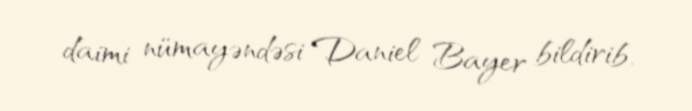
daimi nümayəndəsi Daniel Bayer bildirib.